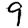
Digit: 9